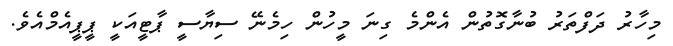
މިހާރު ދަފްތަރު ބުނާގޮތުން އެންމެ ގިނަ މީހުން ހިމެނޭ ސިޔާސީ ޕާޓީއަކީ ޕީޕީއެމްއެވެ.